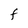
Character: F